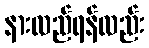
နားလည်ရန်လည်း